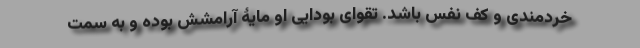
خردمندی و کفّ نفس باشد. تقوای بودایی او مایۀ آرامشش بوده و به سمت